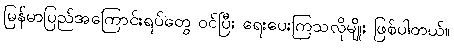
မြန်မာပြည်အကြောင်းရပ်တွေ ဝင်ပြီး ရေးပေးကြသလိုမျိုး ဖြစ်ပါတယ်။